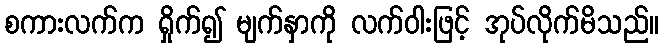
စကားလက်က ရှိုက်၍ မျက်နှာကို လက်ဝါးဖြင့် အုပ်လိုက်မိသည်။